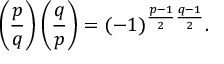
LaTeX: \left( { \frac { p } { q } } \right) \left( { \frac { q } { p } } \right) = ( - 1 ) ^ { { \frac { p - 1 } { 2 } } { \frac { q - 1 } { 2 } } } .